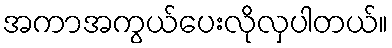
အကာအကွယ်ပေးလိုလှပါတယ်။